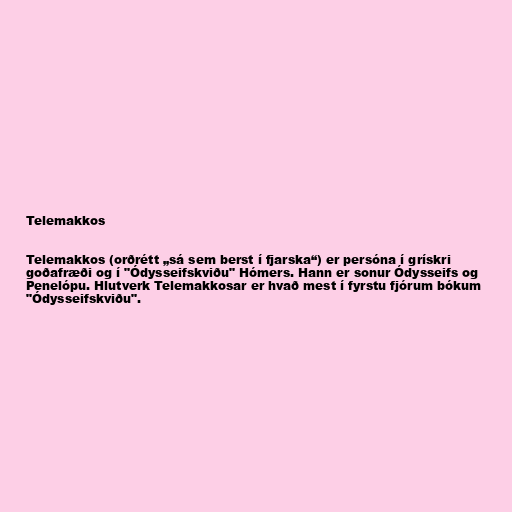
Telemakkos

Telemakkos (orðrétt „sá sem berst í fjarska“) er persóna í grískri
goðafræði og í "Ódysseifskviðu" Hómers. Hann er sonur Ódysseifs og
Penelópu. Hlutverk Telemakkosar er hvað mest í fyrstu fjórum bókum
"Ódysseifskviðu".